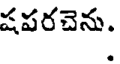
షపరచెను.